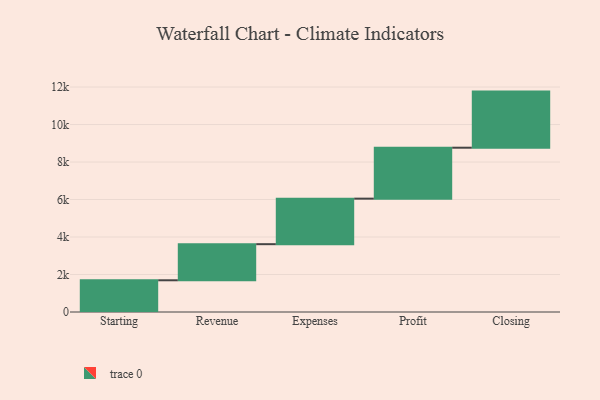
{"axis": {"x": "Step", "y": "Value"}, "legend": [""], "data": [{"x": "Starting", "y": 1692.0, "type": ""}, {"x": "Revenue", "y": 1926.0, "type": ""}, {"x": "Expenses", "y": 2429.0, "type": ""}, {"x": "Profit", "y": 2718.0, "type": ""}, {"x": "Closing", "y": 2993.0, "type": ""}]}